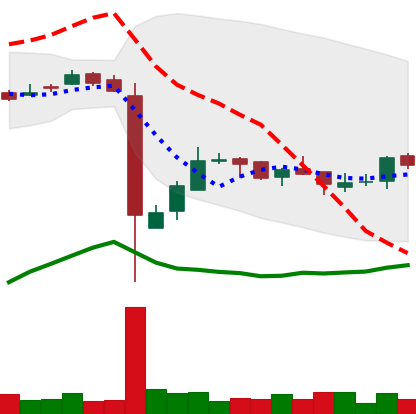
Ticker: LTC-USD
Chart end date: 2016-12-18
Forward return: 26.608%
Label: up_7plus